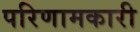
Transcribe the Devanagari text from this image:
परिणामकारी